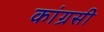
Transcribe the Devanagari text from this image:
कांग्रसी